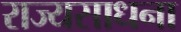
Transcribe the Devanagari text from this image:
राज्यसाधना